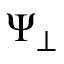
\Psi _ { \perp }